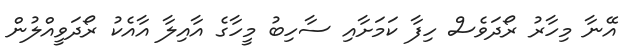
އޭނާ މިހާރު ރޯދަވެސް ހިފާ ކަމަށާއި ސާހިބު މީހާގެ އާއިލާ އާއެކު ރޯދަވީއްލުން